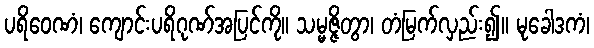
ပရိဝေဏံ၊ ကျောင်းပရိဂုဏ်အပြင်ကို။ သမ္မဇ္ဇိတွာ၊ တံမြက်လှည်း၍။ မုခေါဒကံ၊